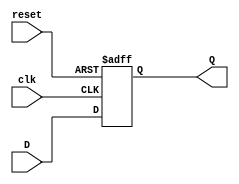
module D_FF_sync_reset (
    input D, // Data input
    input clk, // Clock input
    input reset, // Reset input
    output reg Q // Output
);

    always @(posedge clk or posedge reset) begin
        if (reset) begin
            Q <= 1'b0; // Reset the output
        end else begin
            Q <= D; // Update output on rising edge of clock
        end
    end

endmodule